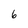
Character: 6